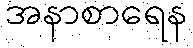
အနာစာရေန